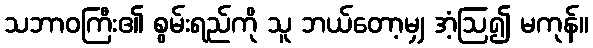
သဘာဝကြီး၏ စွမ်းရည်ကို သူ ဘယ်တော့မျှ အံ့ဩ၍ မကုန်။